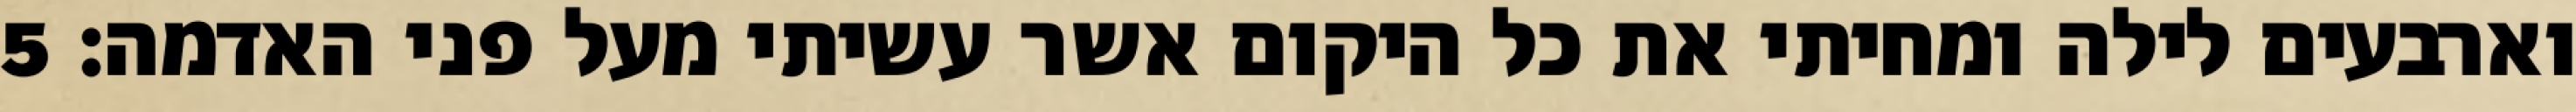
וארבעים לילה ומחיתי את כל היקום אשר עשיתי מעל פני האדמה׃ ‎5‏